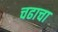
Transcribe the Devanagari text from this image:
चढाचा